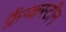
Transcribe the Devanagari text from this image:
फ्रैंग्कस्टीन